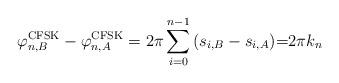
LaTeX: \begin{align*}\varphi _{n,B}^{\rm{CFSK}} - \varphi _{n,A}^{\rm{CFSK}} = 2\pi \sum\limits_{i = 0}^{n - 1} {\left( {{s_{i,B}} - {s_{i,A}}} \right)} {\rm{ = }}2\pi {k_n}\end{align*}